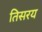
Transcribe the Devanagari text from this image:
तिसरय